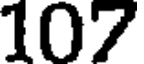
107